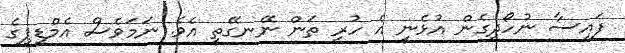
ފައިސާ ނުހޯދިގެން އުޅެނީ އެ ހުރި ތަން ނޭނގޭތީ އެވެ. ނަމަވެސް އެމްޑީޕީގެ